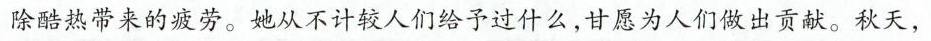
除酷热带来的疲劳。她从不计较人们给予过什么，甘愿为人们做出贡献。秋天，